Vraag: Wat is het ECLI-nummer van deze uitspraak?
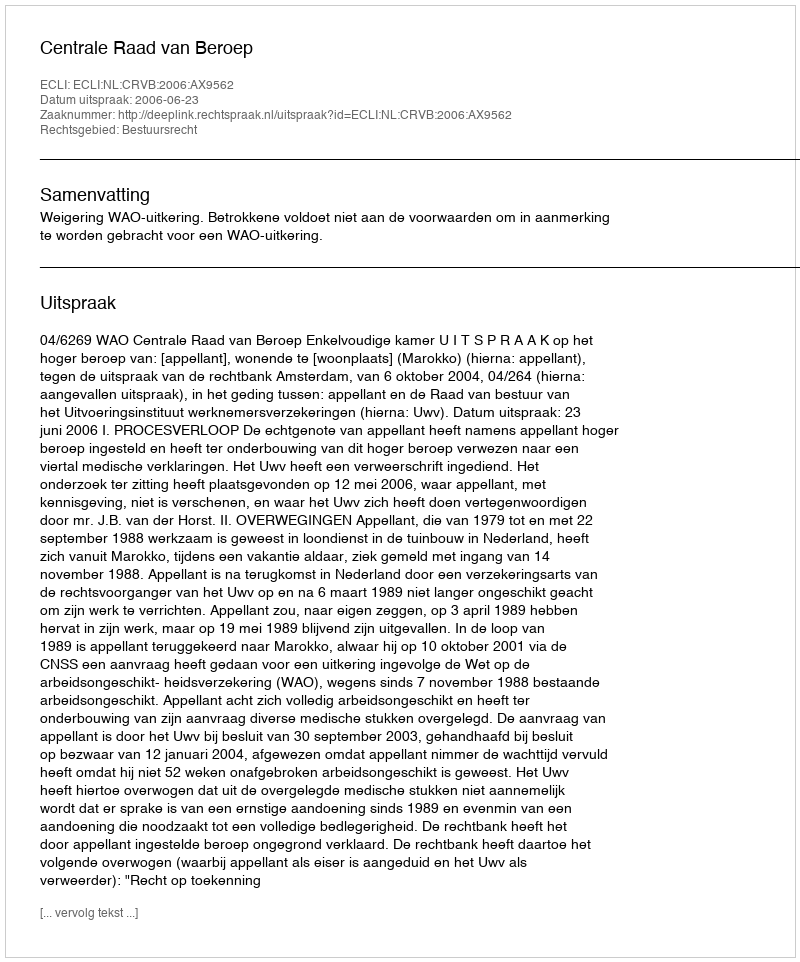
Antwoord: ECLI:NL:CRVB:2006:AX9562